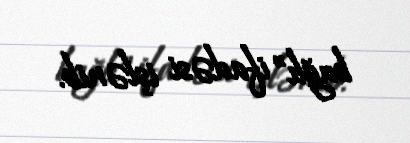
bağlı” ifadəsi işlənib.